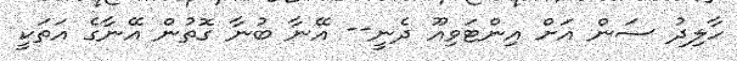
ހާލިދު ސަން އަށް އިންޓަވިއޫ ދެނީ-- އޭނާ ބުނާ ގޮތުން އޭނާގެ އަތަކީ